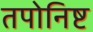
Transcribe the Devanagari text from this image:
तपोनिष्ट